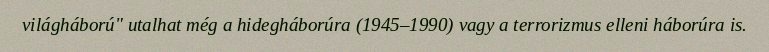
világháború" utalhat még a hidegháborúra (1945–1990) vagy a terrorizmus elleni háborúra is.